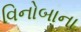
વિનોબાના